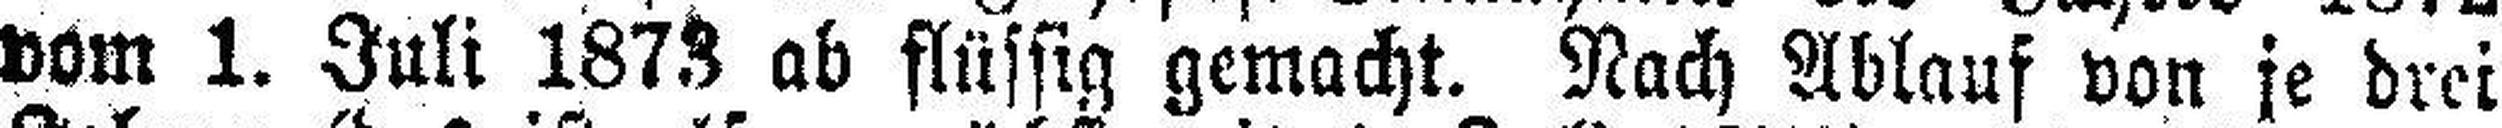
vom 1. Juli 1873 ab flüssig gemacht. Nach Ablauf von je drei